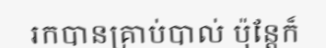
រកបានគ្រាប់បាល់ ប៉ុន្តែក៏